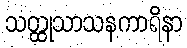
သတ္ထုသာသနကာရိနာ